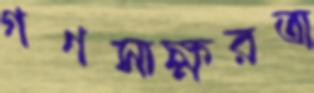
গণসাক্ষরতা